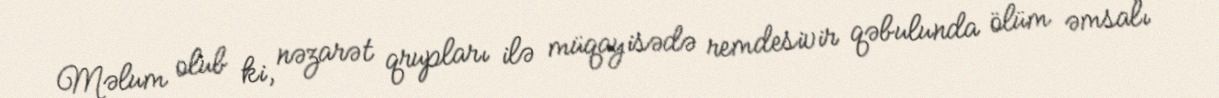
Məlum olub ki, nəzarət qrupları ilə müqayisədə remdesivir qəbulunda ölüm əmsalı